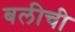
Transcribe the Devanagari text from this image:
बलीची